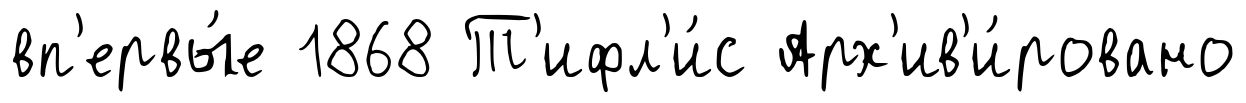
вп'ервы́е 1868 Т'ифл'и́с Арх'ив'и́ровано